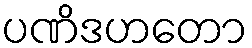
ပဏိဒဟတော